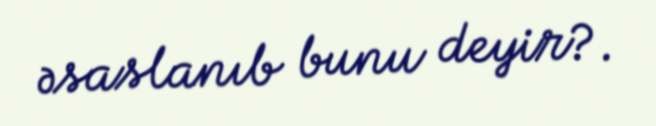
əsaslanıb bunu deyir?.